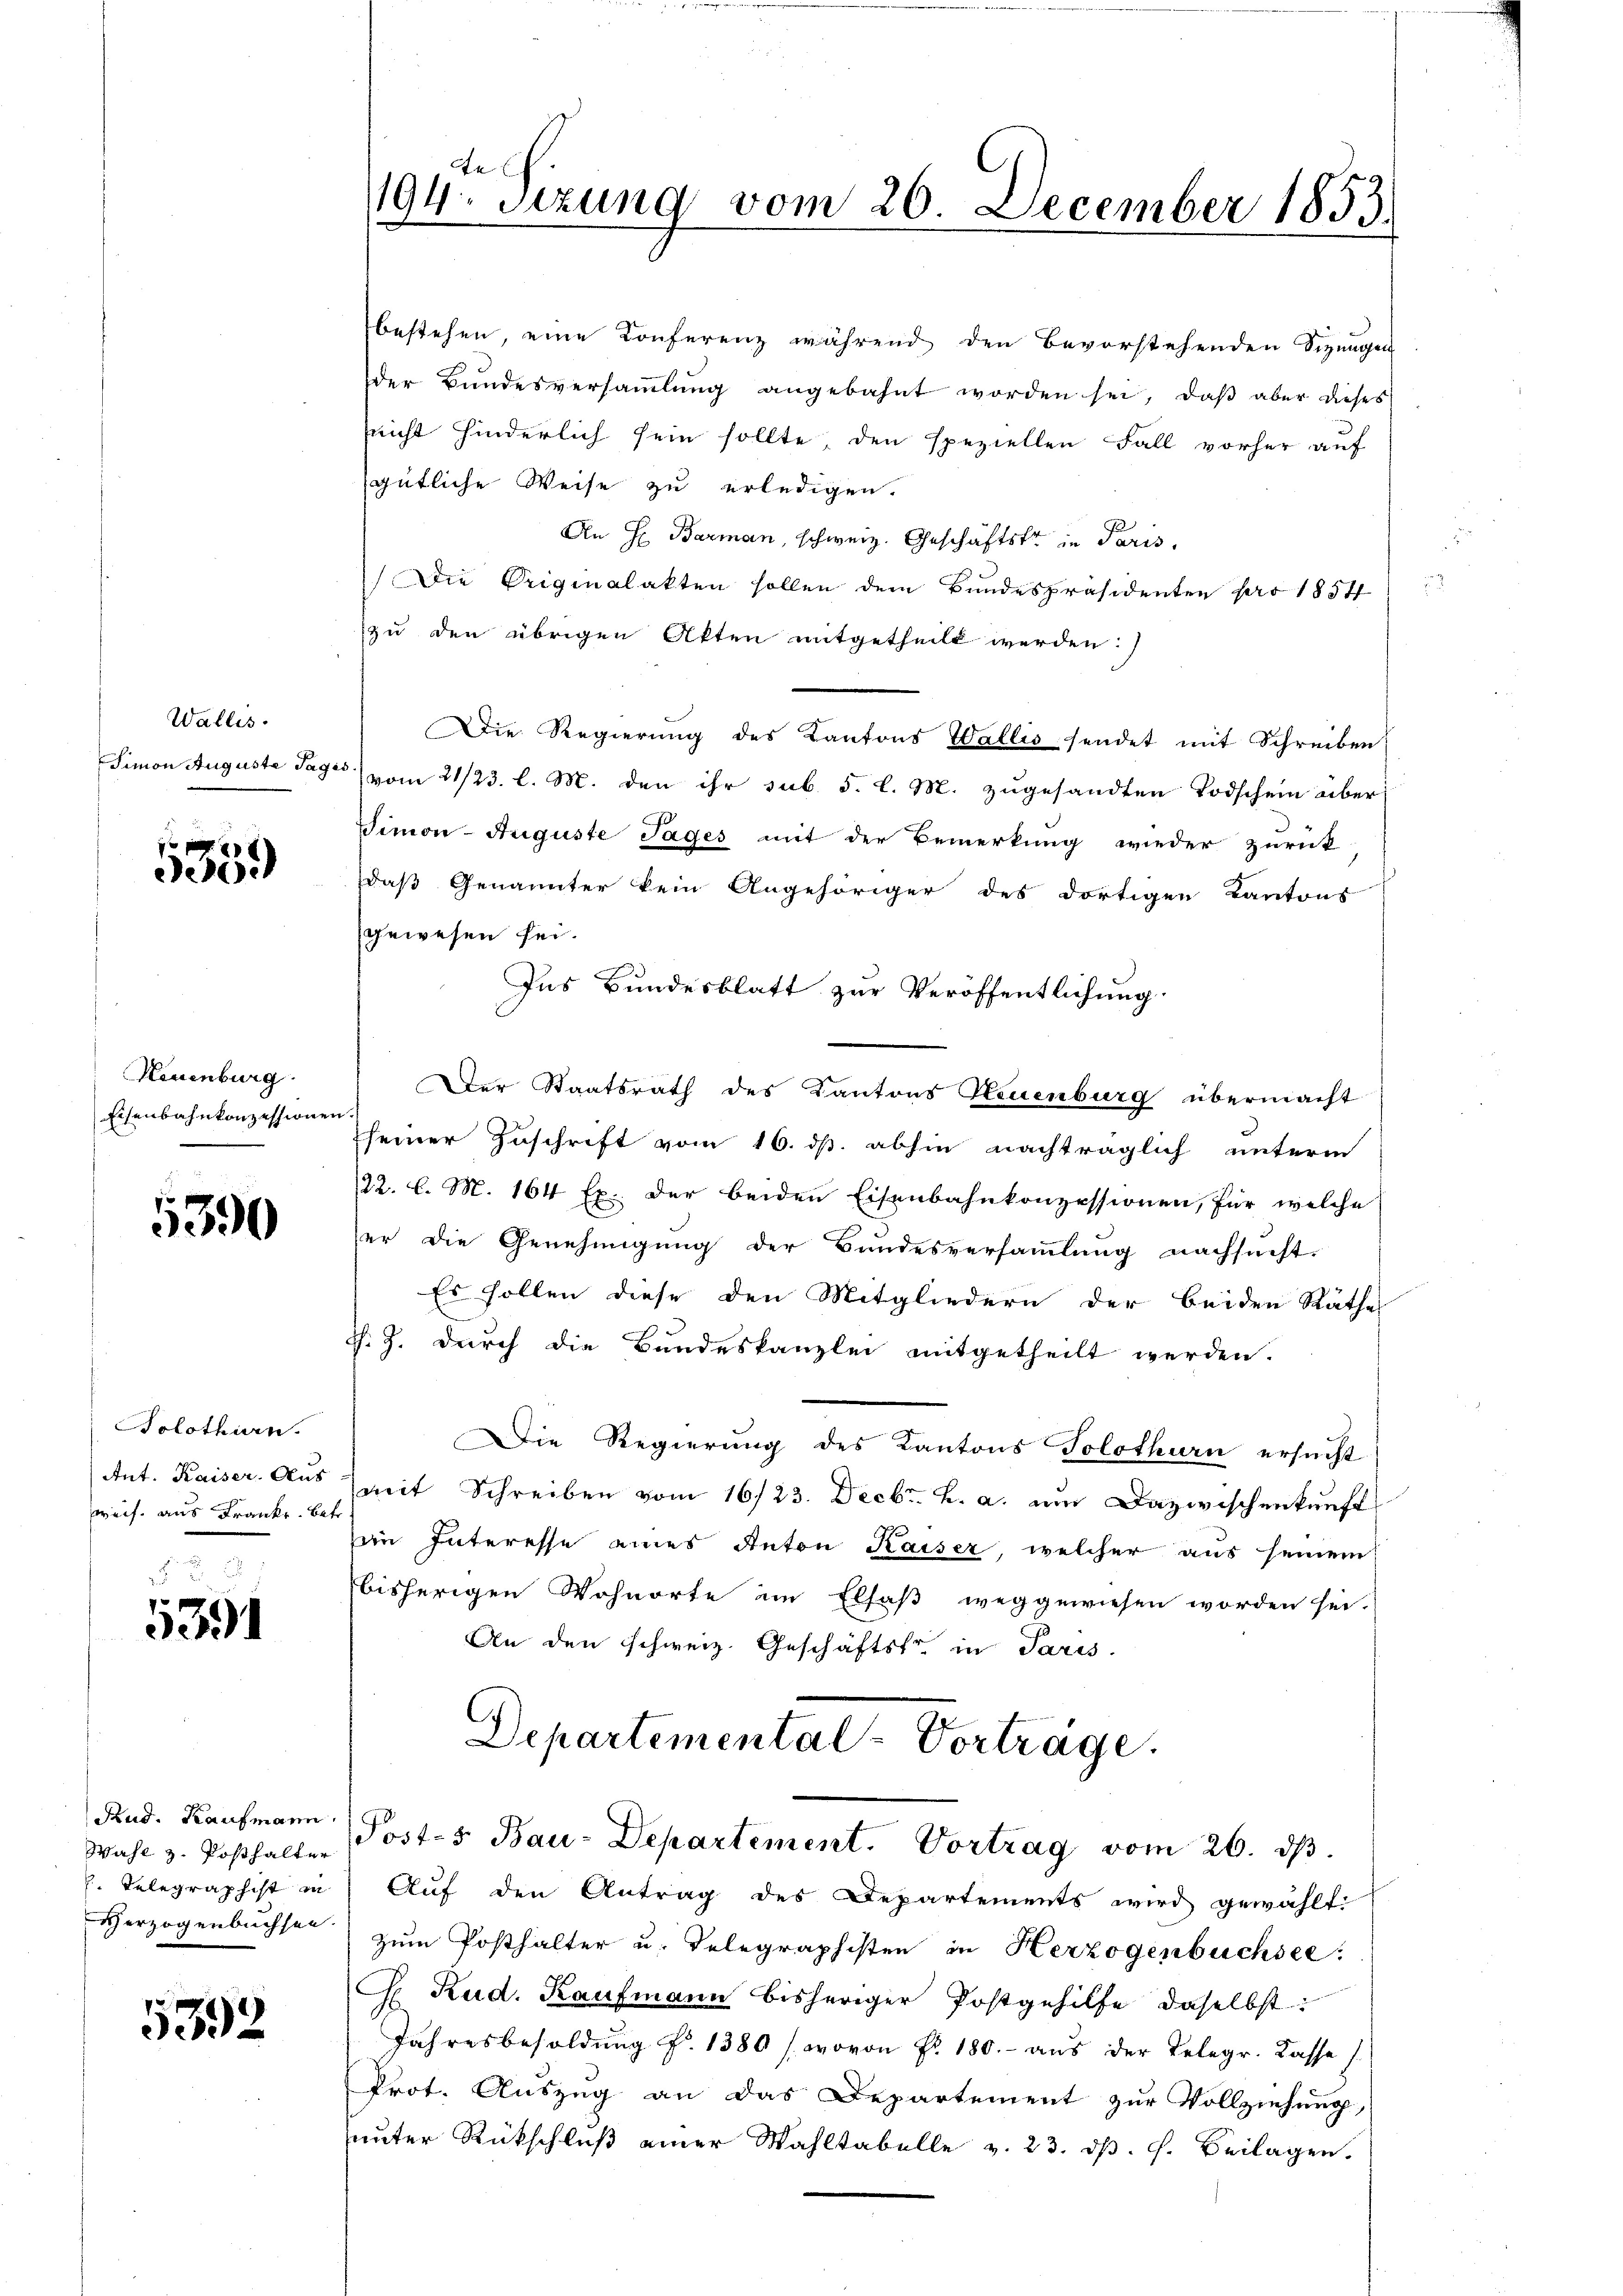
Wallis.
Simon Auguste Tage

59

Hiuenburg.
Eisenbahnkonzessionen

390

Solothurn.
Ant. Kaiser Aus
weis aus Franke. Betr

5391

Rud. Kaufmann.
Wahl z. Posthalter
 Telegraphist in
Verzogenbuchsen.

5392

te
194. Sitzung vom 20. December 1853.

bestehen, eine Konferenz während den bevorstehenden Sizungen
der Bŭndesversaṁlŭng angebahnt worden sei, daβ aber dieses
seicht hinderlich sein sollte, den speziellen Fall vorher auf
gütliche Weise zu erledigen.
An H. Barman, schweiz. Geschäftster in Paris,
Die Originalakten sollen dem Bundespräsidenten pro 1854
zu den übrigen Akten mitgetheilt werden:
Die Regierung des Kantons Wallis sendet mit Schreiben
5) vom 21/23. l. M. den ihr sub. 5. l. M. zugesandten Todschein über
Simon Auguste Tages mit der Bemerkung wieder zurück
daß Genannter kein Angehöriger des dortigen Kantons
gewesen sei.
Ins Bundesblatt zur Veröffentlichung
Der Staatsrath des Kantons Neuenburg übermacht
seiner Zuschrift vom 16. ds. abhin nachträglich unterm
22. l. M. 164 Ex.. der beiden Eisenbahnkonzessionen, für welche
er die Genehmigung der Bundesversammlung nachsucht.
Es sollen diese den Mitgliedern der beiden Räthes
R. Z. durch die Bundeskanzlei mitgetheilt werden.
Die Regierung des Kantons Solothurn ersucht
mit Schreiben vom 16/23. Decbr. h. a. um Dazwischenkunft
in Interesse eines Anton Kaiser, welcher aus seinem
bisherigen Wohnorte im Elsaß weggewiesen worden sei.
An den schweiz. Geschäftstr. in Paris.
Departemental-Vorträge.
Posts Bau-Departement. Vortrag vom 26. dβ.
Auf den Antrag des Departements wird gewählt:
zum Posthalter u. Telegraphisten in Herzogenbüchsee.
C. Rud. Kaufmann bisheriger Postgehilfe daselbst:
Jahresbesoldung fr. 1380 / wovon Fr. 180. - aus der Telegr. Casse s
Prot. Auszug an das Departement zur Vollziehung,
unter Rückschluß einer Wahltabelle v. 23. d. h. Beilagen.